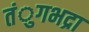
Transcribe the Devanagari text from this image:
तंुगभद्रा